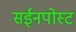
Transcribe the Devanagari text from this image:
सईनपोस्ट